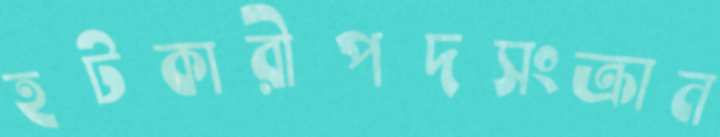
হটকারীপদসংক্রান